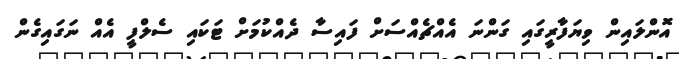
އޮންލައިން ވިޔަފާރީގައި ގަންނަ އެއްޗެއްސަށް ފައިސާ ދެއްކުމަށް ޓަކައި ސެލްފީ އެއް ނަގައިގެން